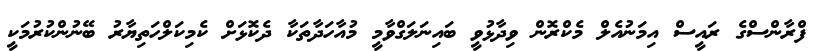
ފްރާންސްގެ ރައީސް އިމަނުއެލް މެކްރޮން ވިދާޅުވީ ބައިނަލަގްވާމީ މުއާހަދާތަކާ ދެކޮޅަށް ކެމިކަލްހަތިޔާރު ބޭނުންކުރުމަކީ